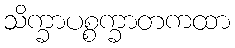
သိက္ခာပစ္စက္ခာတကထာ